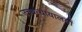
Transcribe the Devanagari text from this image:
उच्चन्यायालयों